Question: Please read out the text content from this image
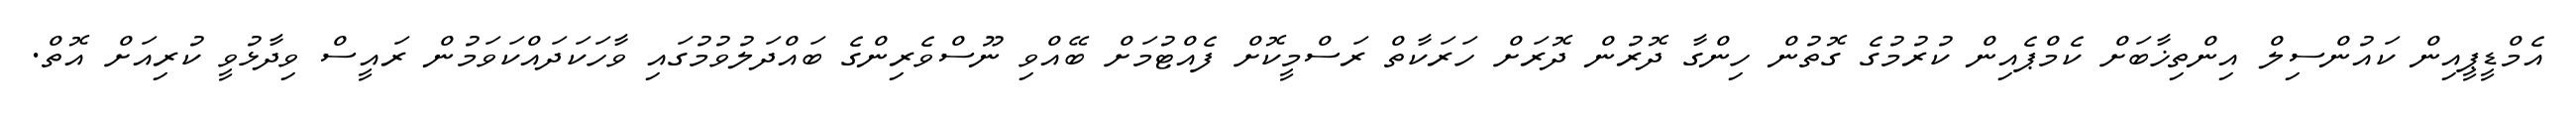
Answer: އެމްޑީޕީއިން ކައުންސިލް އިންތިޚާބަށް ކެމްޕެއިން ކުރުމުގެ ގޮތުން ހިންގާ ދޮރުން ދޮރަށް ހަރަކާތް ރަސްމީކޮށް ފެއްޓުމަށް ބޭއްވި ނޫސްވެރިންގެ ބައްދަލުވުމުގައި ވާހަކަދައްކަވަމުން ރައީސް ވިދާޅުވީ ކުރިއަށް އޮތް.